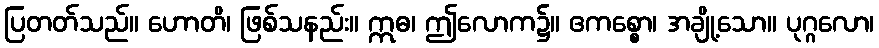
ပြတတ်သည်။ ဟောတိ၊ ဖြစ်သနည်း။ ဣဓ၊ ဤလောက၌။ ဧကစ္စော၊ အချို့သော။ ပုဂ္ဂလော၊